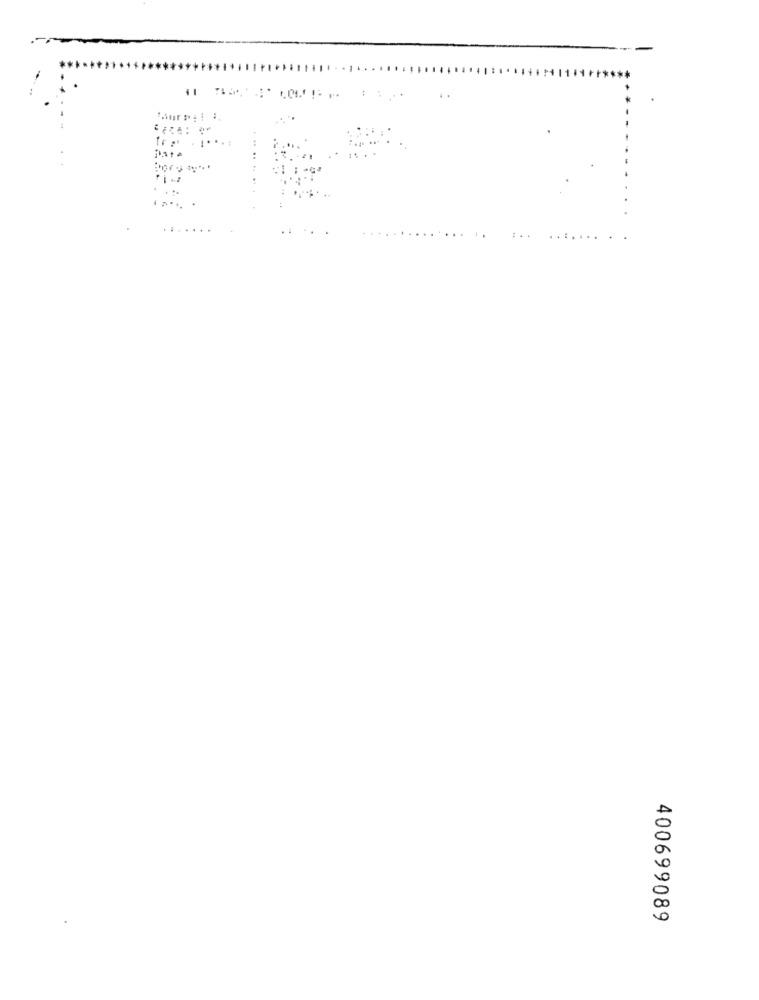
٠٫٠٠
400699089